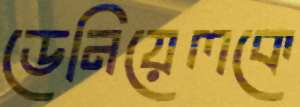
ডেনিয়েলকে